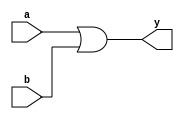
module imp_or(a,b,y);
input a,b;
output y;


assign y=a | b;

endmodule